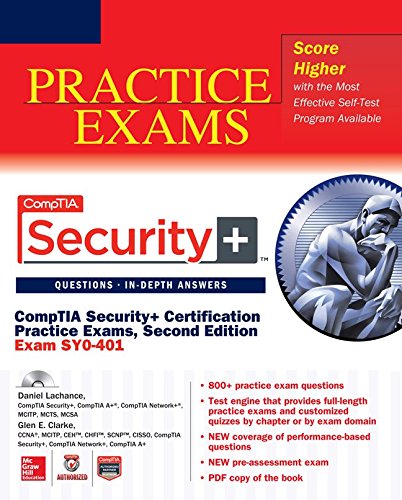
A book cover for CompTIA Security+ Certification Practice Exams, Second Edition (Exam SY0-401) (Certification Press); Daniel Lachance; Computers & Technology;